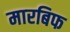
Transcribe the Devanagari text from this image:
मारबिफ